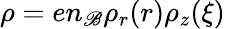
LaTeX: \rho=en_{\mathscr{B}}\rho_{r}(r)\rho_{z}(\xi)